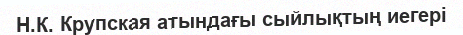
Н.К. Крупская атындағы сыйлықтың иегері